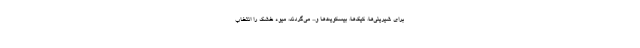
برای شیرینی‌ها، کیک‌ها، بیسکویت‌ها و... می‌گردند، میوه خشک را انتخاب